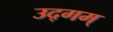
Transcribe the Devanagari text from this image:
उद्गम्